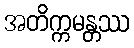
အတိက္ကမန္တဿ